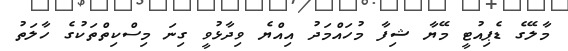
މާލޭގެ ޑެޕިއުޓީ މޭޔާ ޝިފާ މުހައްމަދު އިއްޔެ ވިދާޅުވީ ގިނަ މިސްކިތްތަކުގެ ހާލަތު